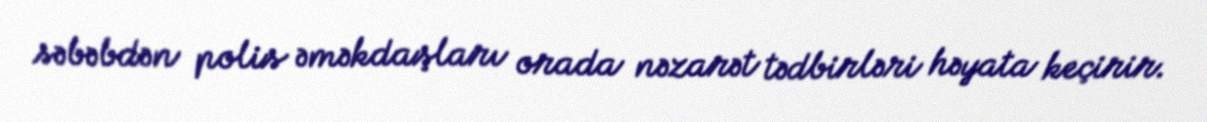
səbəbdən polis əməkdaşları orada nəzarət tədbirləri həyata keçirir.